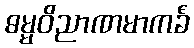
ဓမ္မဝိညာဏမာကင်္ခံ